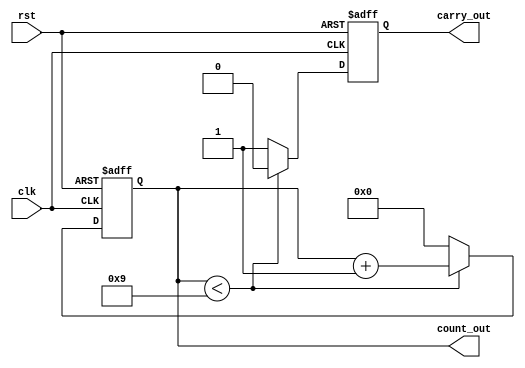
module counter_clk ( clk , rst , count_out , carry_out );
 parameter MOD = 10;
 parameter BITS = 4;

 input clk , rst ;
 output reg [ BITS -1:0] count_out ;
 output reg carry_out ;


 always @ ( posedge clk or negedge rst )
	begin
		if (! rst )
			begin
			 count_out <= 0;
			 
			 carry_out <= 0;
			end
		else if ( count_out < MOD -1)
			begin
			 count_out <= count_out + 1;
			 carry_out <= 0;
			end
		else
			begin
			 count_out <= 0;
			 carry_out <= 1;
			end
	end
 endmodule